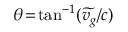
\theta \! = \! \mathrm { t a n } ^ { - 1 } ( \widetilde { v _ { g } } / c )